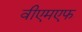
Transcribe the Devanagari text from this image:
वीएमएफ